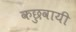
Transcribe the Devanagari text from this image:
कछुवायी